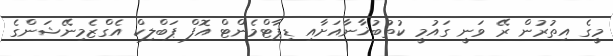
މީގެ އިތުރުން ރޭ ވަނީ ގައުމީ ކުތުބުޚާނާއަށާއި ޑިޕާޓްމެންޓް އޮފް ޕަބްލިކް އެގްޒެމިނޭޝަންގެ